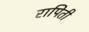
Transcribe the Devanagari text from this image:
रापिती